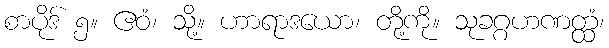
စာပိုဒ် ၅။ ဧဝံ၊ သို့။ ဟာရာဒယော၊ တို့ကို။ သုခဂ္ဂဟဏတ္ထံ၊